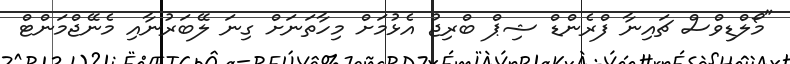
"މޯލްޑިވްސް ޗައިނާ ފްރެންޑް ޝިޕް ބްރިޖު އެޅުމަށް މިހާތަނަށް ގިނަ ލޭބަރުނާއި މެނޭޖްމަންޓް